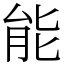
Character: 能